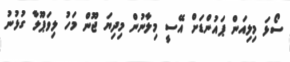
ސޯޅަ މިލިއަން ޕައުންޑަށް އޭސީ މިލާނުން މިދިޔަ ޖޫން މަހު ލިވަޕޫލާ ގުޅުނު